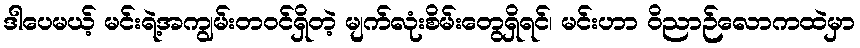
ဒါပေမယ့် မင်းရဲ့အကျွမ်းတဝင်ရှိတဲ့ မျက်လုံးစိမ်းတွေရှိရင်၊ မင်းဟာ ဝိညာဉ်လောကထဲမှာ